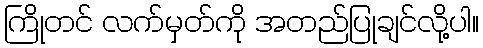
ကြိုတင် လက်မှတ်ကို အတည်ပြုချင်လို့ပါ။